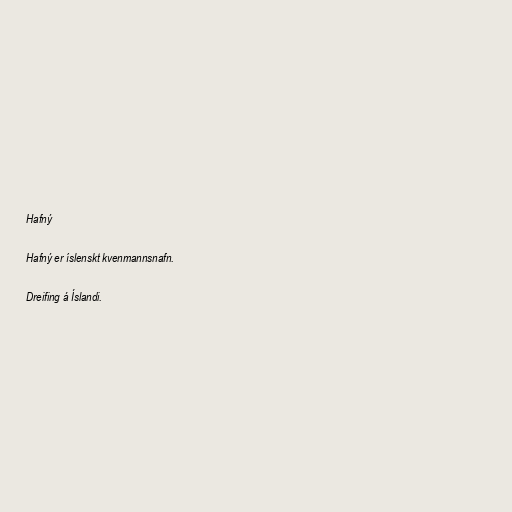
Hafný

Hafný er íslenskt kvenmannsnafn.

Dreifing á Íslandi.